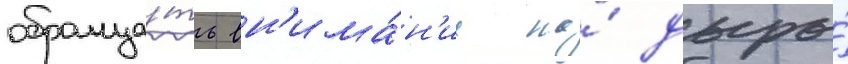
обраща́ть вн'има́н'ие на́ дыры́